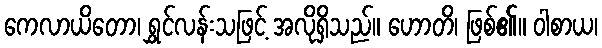
ကေလာယိတော၊ ရွှင်လန်းသဖြင့် အလိုရှိသည်။ ဟောတိ၊ ဖြစ်၏။ ဝါစာယ၊